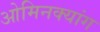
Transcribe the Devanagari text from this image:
ओमिनक्यांग